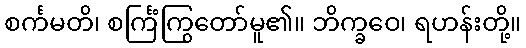
စင်္ကမတိ၊ စင်္ကြံကြွတော်မူ၏။ ဘိက္ခဝေ၊ ရဟန်းတို့။